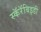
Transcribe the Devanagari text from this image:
स्कॅरॅबिइडी